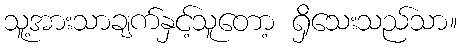
သူ့အားသာချက်နှင့်သူတော့ ရှိသေးသည်သာ။